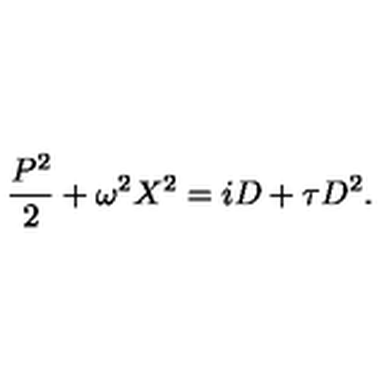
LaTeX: \frac { P ^ { 2 } } { 2 } + \omega ^ { 2 } X ^ { 2 } = i D + \tau D ^ { 2 } .